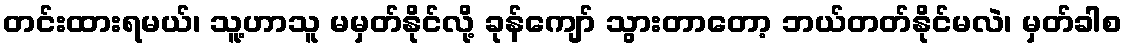
တင်းထားရမယ်၊ သူ့ဟာသူ မမှတ်နိုင်လို့ ခုန်ကျော် သွားတာတော့ ဘယ်တတ်နိုင်မလဲ၊ မှတ်ခါစ